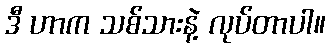
ဒီ ဟာက သစ်သားနဲ့ လုပ်တာပါ။